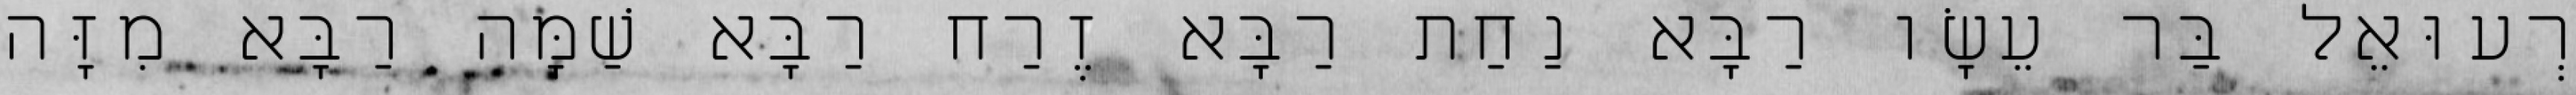
רְעוּאֵל בַּר עֵשָׂו רַבָּא נַחַת רַבָּא זֶרַח רַבָּא שַׁמָּה רַבָּא מִזָּה